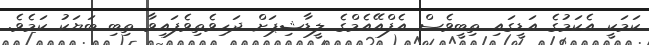
ކަމަކީ އެކަމުގެ އަޑީގައި ތިބީވެސް އެފްއޭއެމްގެ ލީޑާޝިޕަށް ދަހިވެތިވެފައިވާ ތިބި ބަޔަކު ކަމެވެ.